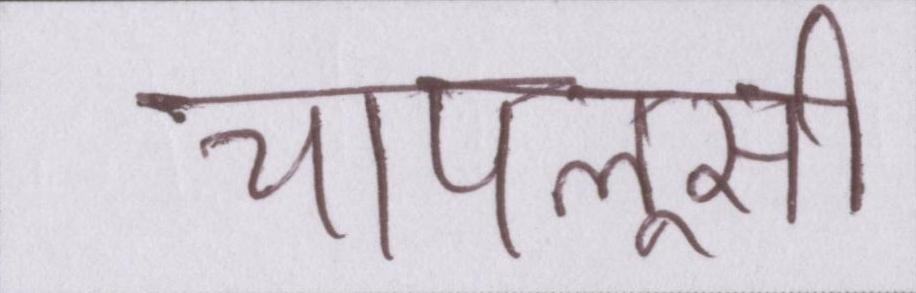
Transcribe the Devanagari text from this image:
चापलूसी